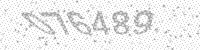
Solution: 076489